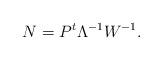
LaTeX: \begin{align*}N=P^{t}\Lambda^{-1}W^{-1}.\end{align*}